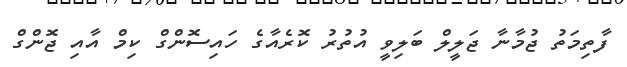
ފާތިމަތު ޖުމާނާ ޖަލީލް ބަލިވީ އުތުރު ކޮރެއާގެ ހައިސޮންގް ކިމް އާއި ޖޮންގް